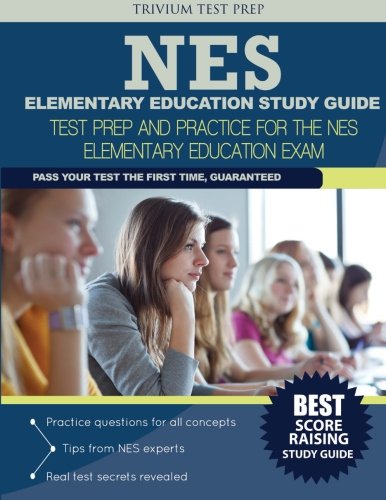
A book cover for NES Elementary Education Study Guide: Test Prep and Practice for the NES Elementary Education Exam; NES Elementary Education Team; Test Preparation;